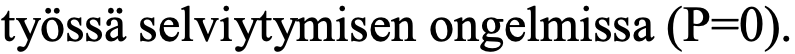
työssä selviytymisen ongelmissa (P=0).